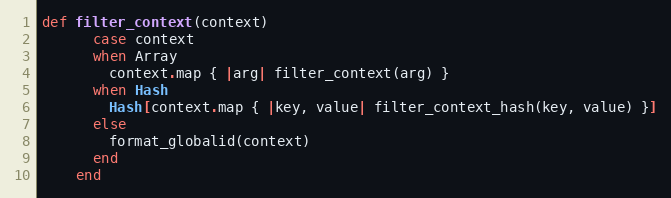
Language: Ruby
def filter_context(context)
      case context
      when Array
        context.map { |arg| filter_context(arg) }
      when Hash
        Hash[context.map { |key, value| filter_context_hash(key, value) }]
      else
        format_globalid(context)
      end
    end